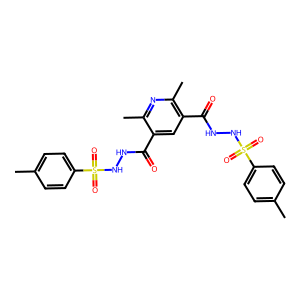
SMILES: Cc1ccc(S(=O)(=O)NNC(=O)c2cc(C(=O)NNS(=O)(=O)c3ccc(C)cc3)c(C)nc2C)cc1
Inhibits HIV replication: No